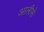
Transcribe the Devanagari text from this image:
आलीसे